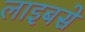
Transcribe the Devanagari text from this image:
लाइबसे